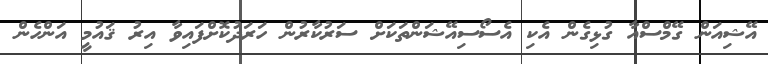
އޭޝިއަން ގޭމްސްއާ ގުޅިގެން އެކި އެސޯސިއޭޝަންތަކަށް ސަރުކާރުން ހަރަދުކޮށްފައިވާ އިރު ޤައުމީ އަންހެން